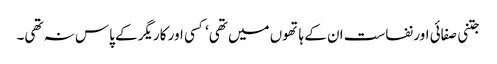
جتنی صفائی اور نفاست ان کے ہاتھوں میں تھی‘ کسی اور کاریگر کے پاس نہ تھی۔